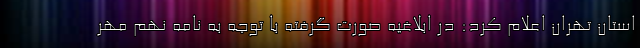
استان تهران اعلام کرد: در ابلاغیه صورت گرفته با توجه به نامه نهم مهر